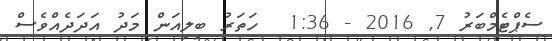
ސެޕްޓެމްބަރު 7